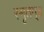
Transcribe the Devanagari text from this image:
स्मृतम्॥